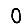
Digit: 0